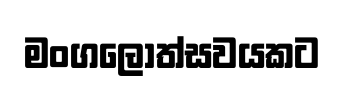
මංගලොත්සවයකට